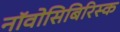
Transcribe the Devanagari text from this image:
नॉवोसिबिरिस्क